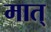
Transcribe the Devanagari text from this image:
मात्